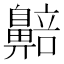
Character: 𬹰